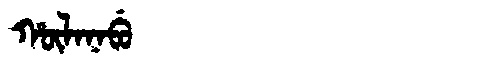
Manchu: ᡥᡡᠯᠠᠨᠠᠪᡠ
Romanization: HŪLANABU